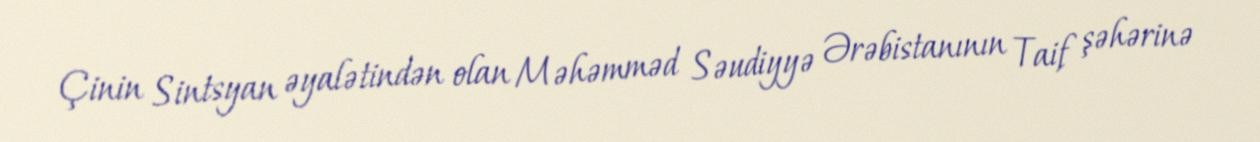
Çinin Sintsyan əyalətindən olan Məhəmməd Səudiyyə Ərəbistanının Taif şəhərinə